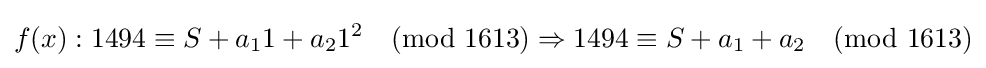
f(x):1494\equiv S+a_{1}1+a_{2}1^{2}{\pmod {1613}}\Rightarrow {}1494\equiv S+a_{1}+a_{2}{\pmod {1613}}